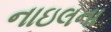
નાઇલના